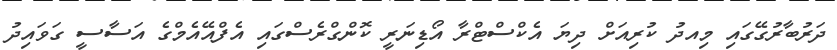
ދަރުބާރުގޭގައި މިއދު ކުރިއަށް ދިޔަ އެކްސްޓްރާ އޯޑިނަރީ ކޮންގްރެސްގައި އެފްއޭއެމްގެ އަސާސީ ގަވައިދު